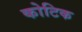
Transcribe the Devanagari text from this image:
कोटिक